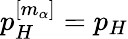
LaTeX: p_{H}^{[m_{\alpha}]}=p_{H}